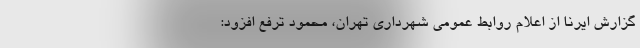
گزارش ایرنا از اعلام روابط عمومی شهرداری تهران، محمود ترفع افزود: